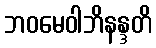
ဘဝမေဝါဘိနန္ဒတိ